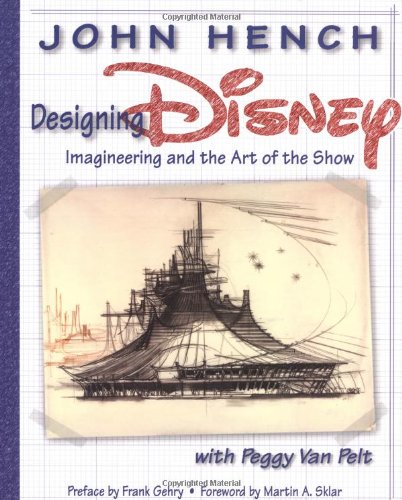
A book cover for Designing Disney: Imagineering and the Art of the Show (A Walt Disney Imagineering Book); John Hench; Humor & Entertainment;